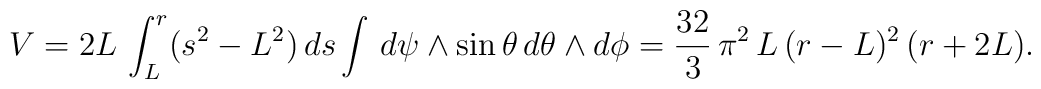
V=2L\,\int_{L}^{r}(s^2-L^2)\,ds \int\, d\psi \wedge \sin\theta\,d\theta \wedge d\phi= \frac{32}{3}\,\pi^2\,L\,(r-L)^2\,(r+2L).